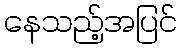
နေသည့်အပြင်